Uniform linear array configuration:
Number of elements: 48
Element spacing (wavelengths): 0.25
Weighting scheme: kaiser
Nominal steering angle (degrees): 60
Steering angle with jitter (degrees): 58.596
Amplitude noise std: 0.05
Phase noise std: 0.05

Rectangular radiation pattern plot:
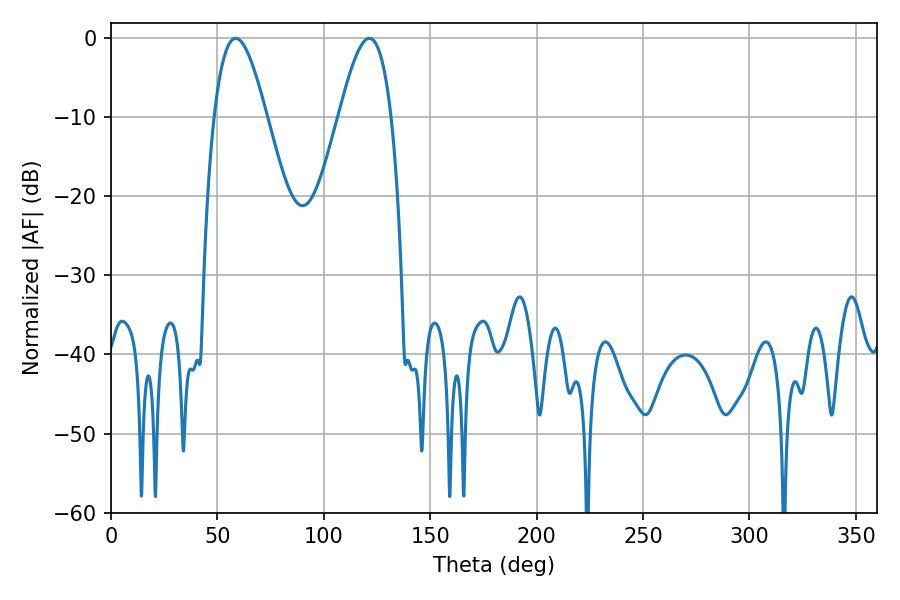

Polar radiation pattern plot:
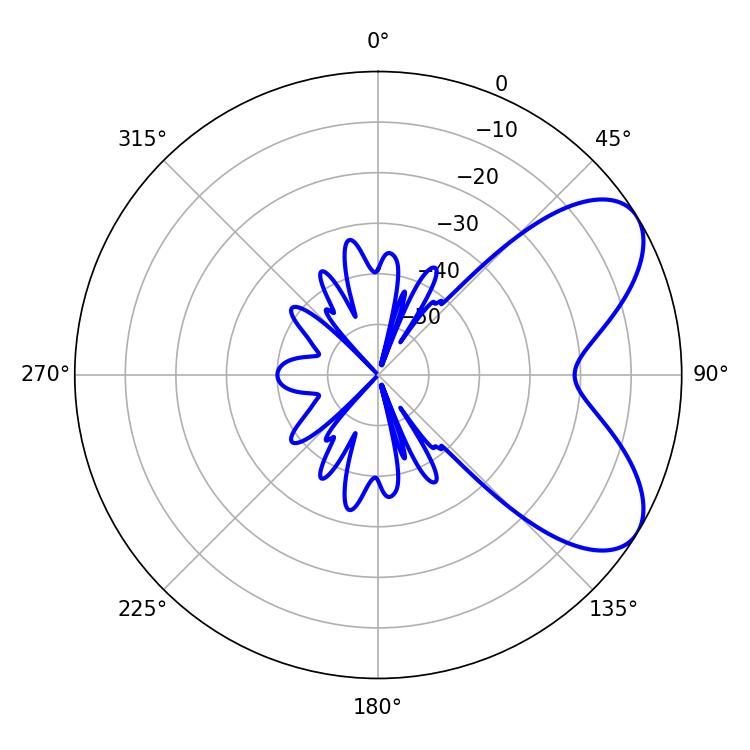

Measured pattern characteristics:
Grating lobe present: FALSE
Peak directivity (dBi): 6.574
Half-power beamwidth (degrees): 13.32
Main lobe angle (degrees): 58.68